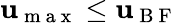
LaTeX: \mathbf{u}_{\mathrm{{~m~a~x~}}}\leq\mathbf{u}_{\mathrm{{~B~F~}}}